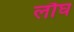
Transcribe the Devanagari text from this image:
लौघ